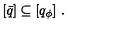
[ \bar { q } ] \subseteq [ q _ { \phi } ] \ .